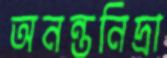
অনন্তনিদ্রা